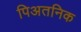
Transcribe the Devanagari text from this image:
पिअतनिक